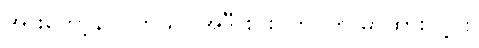
အားတော့နာပါတယ်။ အဲဒီ စားပွဲက ကြို မှာထားလို့ပါ။